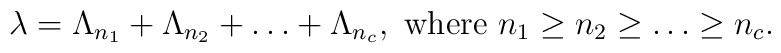
\lambda = \Lambda_{n_1}+\Lambda_{n_2}+\ldots +\Lambda_{n_c},  \mbox{ where } n_1\geq n_2\geq \ldots \geq n_c.